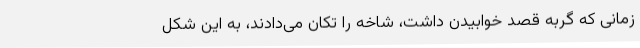
زمانی که گربه قصد خوابیدن داشت، شاخه را تکان می‌دادند، به این شکل